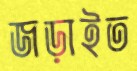
জড়াইত